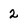
Character: 2